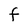
Character: F